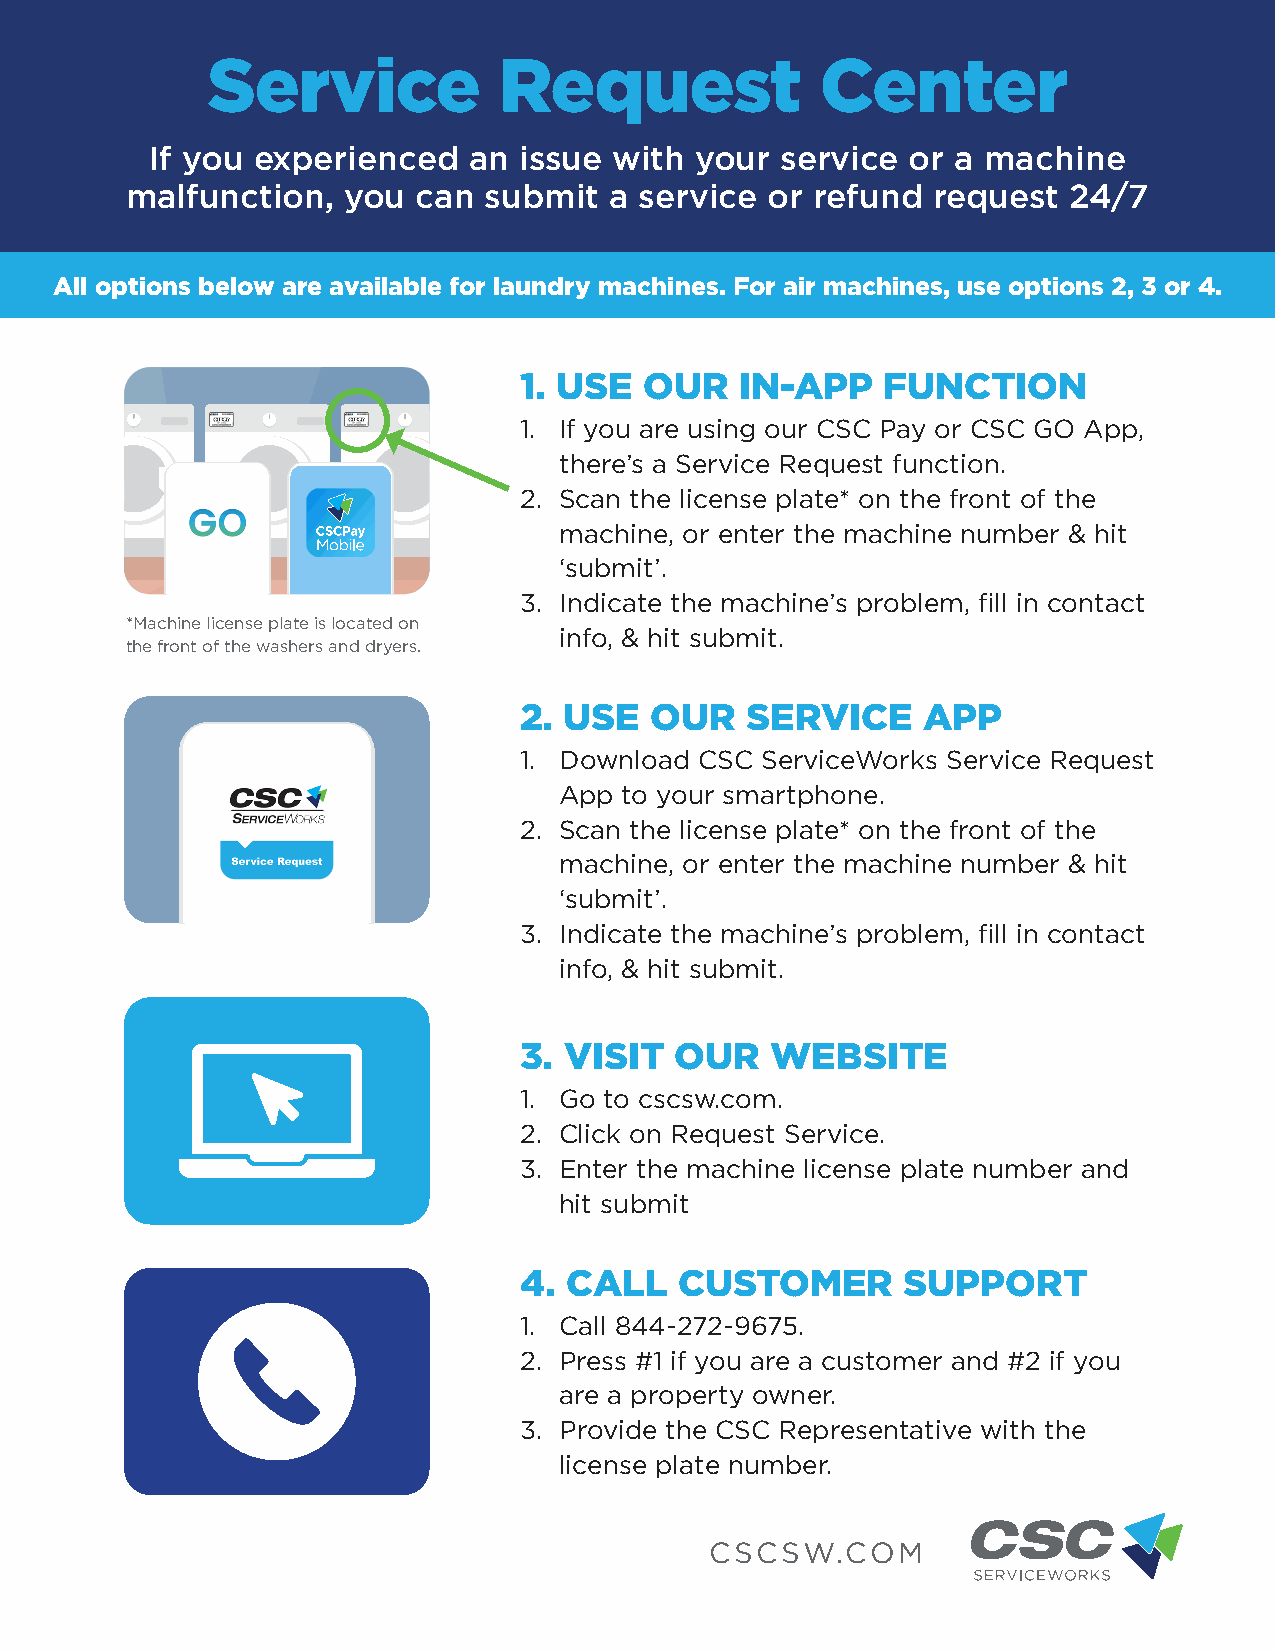
Service            Request              Center
 If you experienced   an issue  with your  service or a machine
 malfunction,   you  can submit  a service  or refund  request  24/7
 All options below are available for laundry machines. For air machines, use options 2, 3 or 4.
 1. USE   OUR   IN-APP   FUNCTION
 1. If you are using our CSC Pay or CSC GO App,
 there’s a Service Request function.
 2. Scan the license plate* on the front of the
 machine, or enter the machine number & hit
 ‘submit’.
 3. Indicate the machine’s problem, fill in contact
 *Machine license plate is located on
 info, & hit submit.
 the front of the washers and dryers.
 2. USE   OUR   SERVICE     APP
 1. Download CSC ServiceWorks Service Request
 App to your smartphone.
 2. Scan the license plate* on the front of the
 machine, or enter the machine number & hit
 ‘submit’.
 3. Indicate the machine’s problem, fill in contact
 info, & hit submit.
 3. VISIT   OUR   WEBSITE
 1. Go to cscsw.com.
 2. Click on Request Service.
 3. Enter the machine license plate number and
 hit submit
 4. CALL    CUSTOMER       SUPPORT
 1. Call 844-272-9675.
 2. Press #1 if you are a customer and #2 if you
 are a property owner.
 3. Provide the CSC Representative with the
 license plate number.
 CSCSW.COM